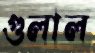
গুলাল